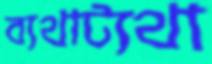
ব্যথাট্যথা